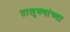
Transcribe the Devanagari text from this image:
तालुक्‍यांच्या